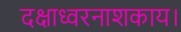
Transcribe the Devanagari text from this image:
दक्षाध्वरनाशकाय।